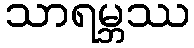
သာရမ္ဘဿ